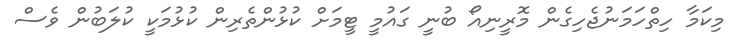
މިކަމާ ހިތްހަމަނުޖެހިގެން މޮރީނިއޯ ބުނީ ގައުމީ ޓީމަށް ކުޅުންތެރިން ކުޅުމަކީ ކުލަބުން ވެސް